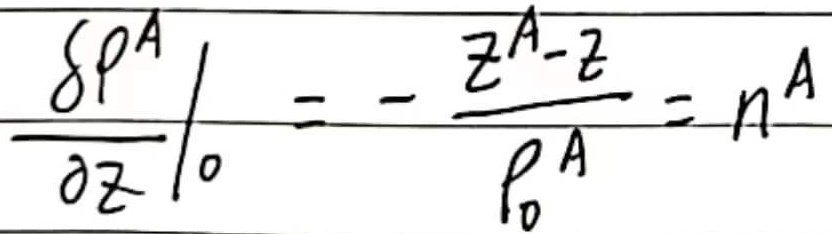
\(\left.\dfrac{\delta p^{A}}{\partial z}\right|_{0}=-\dfrac{z^{A}-z}{p_{0}^{A}}=n^{A}\)